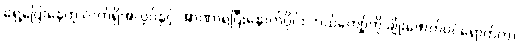
ရှေ့ပြေးနေတဲ့ လက်ရှိအလုပ်နှင့် အာဏာရပြီးနောက်ပိုင်း ဘယ်ကျော့်ကို ချိုးဖောက်ဝင်ရောက်ကာ